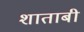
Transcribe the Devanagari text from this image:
शाताबी